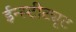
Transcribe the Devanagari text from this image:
ईन्स्टीट्यूट